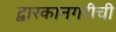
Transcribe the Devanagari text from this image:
द्वारकानगरीची